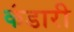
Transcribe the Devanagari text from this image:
कंडारी